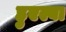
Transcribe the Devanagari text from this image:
हुएल्वा